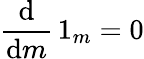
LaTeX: {\frac{\mathrm{d}}{\mathrm{d}m}}\, 1_{m}=0